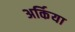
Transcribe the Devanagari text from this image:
अर्किया